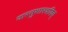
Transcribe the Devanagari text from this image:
वास्तुशास्त्रविद्